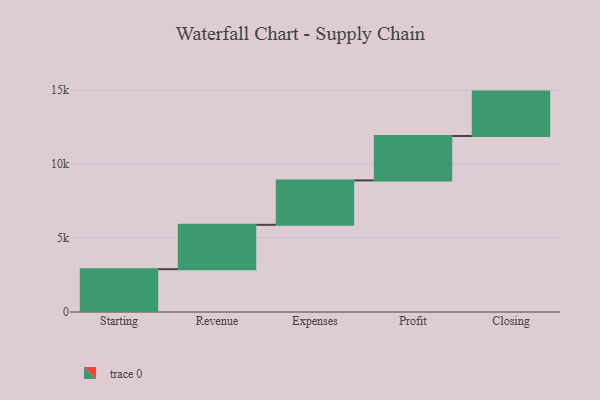
{"axis": {"x": "Step", "y": "Value"}, "legend": [""], "data": [{"x": "Starting", "y": 2893.0, "type": ""}, {"x": "Revenue", "y": 3000, "type": ""}, {"x": "Expenses", "y": 3000, "type": ""}, {"x": "Profit", "y": 3000, "type": ""}, {"x": "Closing", "y": 3000, "type": ""}]}